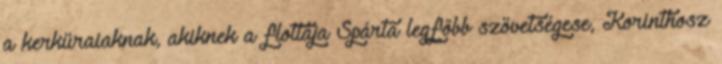
a kerküraiaknak, akiknek a flottája Spárta legfőbb szövetségese, Korinthosz